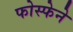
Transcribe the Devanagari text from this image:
फोस्फेने